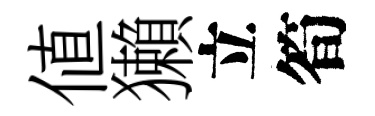
值獺立筍